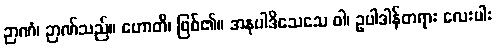
ဉာဏံ၊ ဉာဏ်သည်။ ဟောတိ၊ ဖြစ်၏။ အနုပါဒိသေသေ ဝါ၊ ဥပါဒါန်တရား လေးပါး